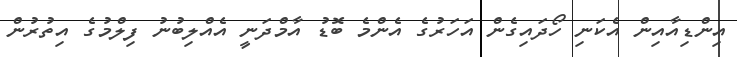
އިންޑިއާއިން އެކަނި ހޯދައިގެން އަހަރުގެ އެންމެ ބޮޑު އާމްދަނީ އެއްލިބުނު ފިލްމުގެ އިތުރުން